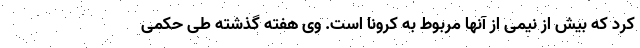
کرد که بیش از نیمی از آنها مربوط به کرونا است. وی هفته گذشته طی حکمی